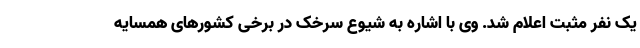
یک نفر مثبت اعلام شد. وی با اشاره به شیوع سرخک در برخی کشورهای همسایه